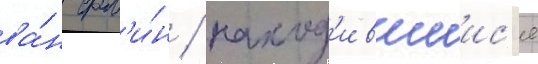
ва́н фл'и́н / наход'ившиис'я